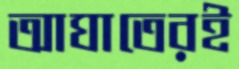
আঘাতেরই